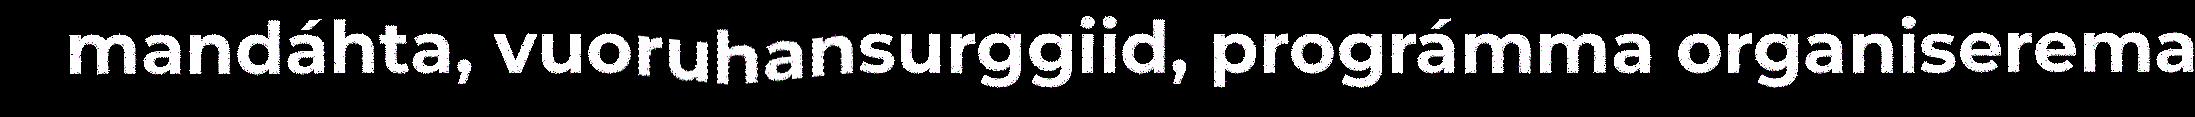
mandáhta, vuoruhansurggiid, prográmma organiserema